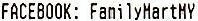
FACEBOOK: FAMILYHARTMY